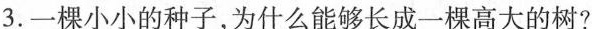
3.一棵小小的种子，为什么能够长成一棵高大的树?